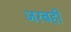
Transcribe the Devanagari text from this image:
जरबही